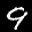
Label: 9